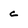
Character: c